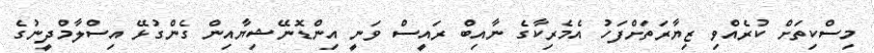
މިސްކިތަށް ކުރެއްވި ޒިޔާރަތަށްފަހު އެމެރިކާގެ ނާއިބް ރައީސް ވަނީ އިންޑޮނޭޝިޔާއިން ގެންގުޅޭ އިސްލާމްދީނުގެ